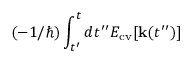
( - 1 / \hbar ) \int _ { t ^ { \prime } } ^ { t } d t ^ { \prime \prime } E _ { \mathrm { c v } } [ { \bf k } ( t ^ { \prime \prime } ) ]